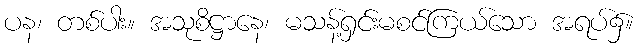
ပန၊ တစ်ပါး။ အသုစိဋ္ဌာနေ၊ မသန့်ရှင်းမစင်ကြယ်သော အရပ်၌။